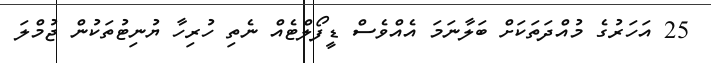
25 އަހަރުގެ މުއްދަތަކަށް ބަލާނަމަ އެއްވެސް ޑީފޯލްޓެއް ނެތި ހުރިހާ ޔުނިޓުތަކުން ޖުމްލަ